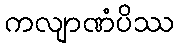
ကလျာဏံပိဿ